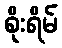
စိုးရိမ်